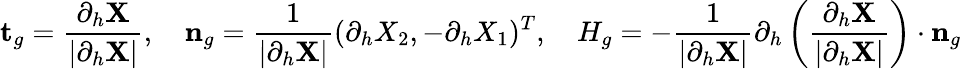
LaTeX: \mathbf{t}_{g}=\frac{\partial_{h}\mathbf{X}}{|\partial_{h}\mathbf{X}|},\quad\mathbf{n}_{g}=\frac{1}{|\partial_{h}\mathbf{X}|}(\partial_{h}X_{2},-\partial_{h}X_{1})^{T},\quad H_{g}=-\frac{1}{|\partial_{h}\mathbf{X}|}\partial_{h}\left(\frac{\partial_{h}\mathbf{X}}{|\partial_{h}\mathbf{X}|}\right)\cdot\mathbf{n}_{g}